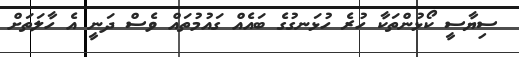
ސިޔާސީ ކޯޅުންތަކާ ހުރެ ހުޅަނގުގެ ބައެއް ގައުމުތައް ވެސް ދަނީ އެ ހާލަތަށް